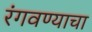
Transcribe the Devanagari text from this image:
रंगवण्याचा